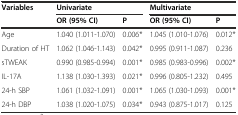
| <ROWSPAN=2> Variables | <COLSPAN=2> Univariate | <COLSPAN=2> Multivariate |
 | OR (95% CI) | P | OR (95% CI) | P |
 | --- | --- | --- | --- | --- |
 | Age | 1.040 (1.011-1.070) | 0.006* | 1.045 (1.010-1.076) | 0.012* |
 | Duration of HT | 1.062 (1.046-1.143) | 0.042* | 0.995 (0.911-1.087) | 0.236 |
 | sTWEAK | 0.990 (0.985-0.994) | 0.001* | 0.985 (0.983-0.996) | 0.002* |
 | IL-17A | 1.138 (1.030-1.393) | 0.021* | 0.996 (0.805-1.232) | 0.495 |
 | 24-h SBP | 1.061 (1.032-1.091) | 0.001* | 1.065 (1.030-1.093) | 0.001* |
 | 24-h DBP | 1.038 (1.020-1.075) | 0.034* | 0.943 (0.875-1.017) | 0.125 |